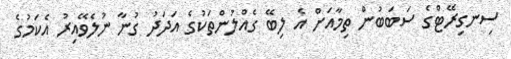
ސިނގިރޭޓްގެ ސަބަބުން ތިމާއަށް އެ ލިބޭ ގެއްލުންތަކުގެ އަދަދު ގުނާ ނުލެވޭއިރު އެކަމުގެ